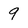
Character: 9